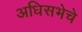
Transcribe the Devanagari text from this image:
अधिसभेचे